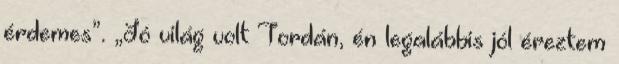
érdemes”. „Jó világ volt Tordán, én legalábbis jól éreztem